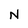
Character: N